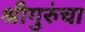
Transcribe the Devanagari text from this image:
श्रीगुरुंचा